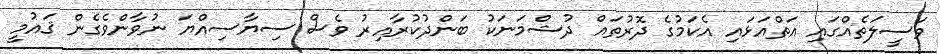
ވަސީލަތެއްގައި އަތްއަޅައި އެކަމުގެ ދޮރުތައް ދުޝްމަނަކު ބަންދުކުރާއިރު ވެސް ސިޔާސިއްޔަ ނުވާންވެގެން ޤައުމީ